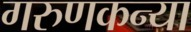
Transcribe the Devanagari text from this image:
गरुणकन्या